Report on vaccination in the Province of Bengal - 1869-1873
Year: 1869
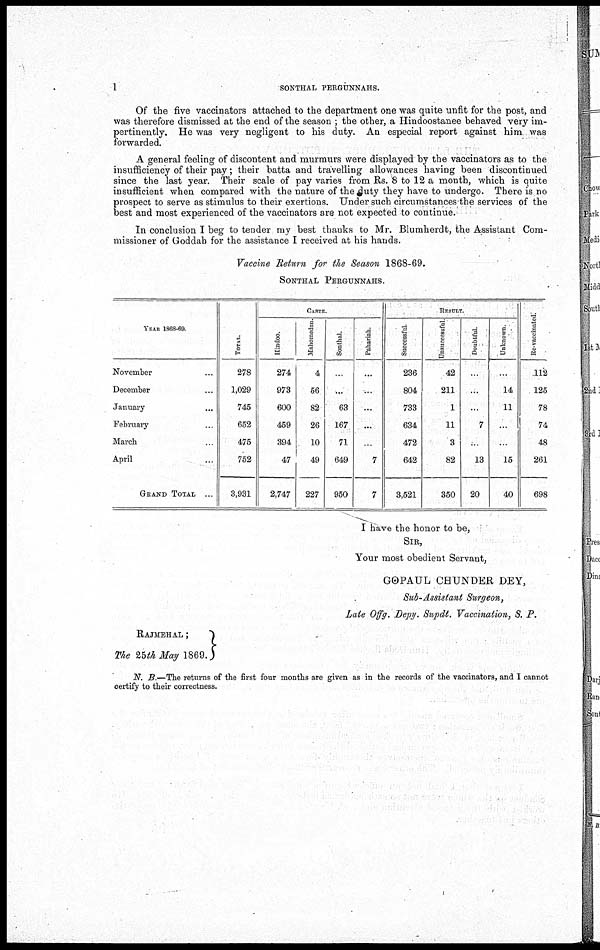
1
SONTHAL PERGUNNAHS.
Of the five vaccinators attached to the department one was quite unfit for the post, and
was therefore dismissed at the end of the season ; the other, a Hindoostanee behaved very im-
pertinently. He was very negligent to his duty. An especial report against him was
forwarded.
A general feeling of discontent and murmurs were displayed by the vaccinators as to the
insufficiency of their pay; their batta and travelling allowances having been discontinued
since the last year. Their scale of pay varies from Rs. 8 to 12 a month, which is quite
insufficient when compared with the nature of the duty they have to undergo. There is no
prospect to serve as stimulus to their exertions. Under such circumstances the services of the
best and most experienced of the vaccinators are not expected to continue.'
In conclusion I beg to tender my best thanks to Mr. Blumherdt, the Assistant Com-
missioner of Goddab for the assistance I received at his hands.
Vaccine Return for the Season 1868-69.
SONTHAL PERGUNNAHS.
YEAR 1868-69.
November...
December...
January...
February...
March...
April...
GRAND TOTAL ...
TOTAL.
278
1,029
745
652
475
752
3,931
CASTS.
Hindoo.
274
973
600
459
394
47
2,747
Mahomedan.
4
56
82
26
10
49
227
Sonthal.
...
...
63
167
71
649
950
Pahariah
...
...
...
...
...
7
7
RESULT.
Successful
236
804
733
634
472
642
3,521
Unsuccessful
42
211
1
11
3
82
350
Doubtful
...
...
...
7
...
13
20
Unknown.
...
14
11
...
...
15
40
Re-vaccinated.
112
125
78
74
48
261
698
I have the honor to be,
SIR,
Your most obedient Servant,
GOPAUL CHUNDER DEY,
Sub-Assistant Surgeon,
Late Offg. Depy. Supdt. Vaccination, S. P.
RAJMEHAL;
The 25th May 1869.
N. B.—The returns of the first four months are given as in the records of the vaccinators, and I cannot
certify to their correctness.